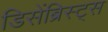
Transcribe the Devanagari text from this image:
डिसेंब्रिस्ट्स